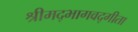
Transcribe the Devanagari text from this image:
श्रीमद्भागवद्गीता